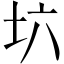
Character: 𡉽